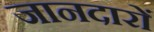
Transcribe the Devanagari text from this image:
जानदारों